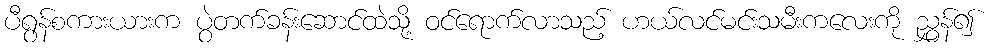
ပီရွန်စကားယားက ပွဲတက်ခန်းဆောင်ထဲသို့ ဝင်ရောက်လာသည့် ဟယ်လင်မင်းသမီးကလေးကို ညွှန်၍